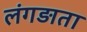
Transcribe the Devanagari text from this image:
लंगड़ाता